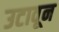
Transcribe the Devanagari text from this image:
उटावून